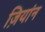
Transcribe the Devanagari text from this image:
ज़ियांन